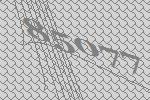
85077